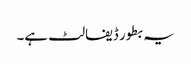
یہ بطور ڈیفالٹ ہے۔